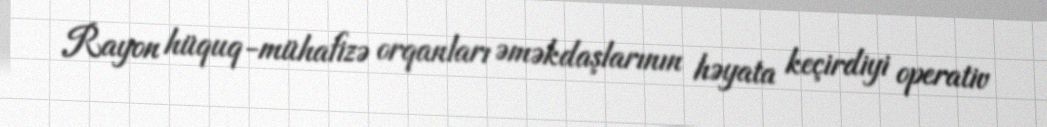
Rayon hüquq-mühafizə orqanları əməkdaşlarının həyata keçirdiyi operativ